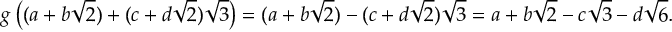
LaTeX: g \left( ( a + b { \sqrt { 2 } } ) + ( c + d { \sqrt { 2 } } ) { \sqrt { 3 } } \right) = ( a + b { \sqrt { 2 } } ) - ( c + d { \sqrt { 2 } } ) { \sqrt { 3 } } = a + b { \sqrt { 2 } } - c { \sqrt { 3 } } - d { \sqrt { 6 } } .